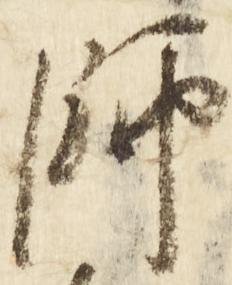
師